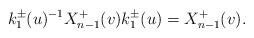
LaTeX: \begin{align*}k_{1}^{\pm}(u)^{-1}X_{n-1}^{+}(v)k_{1}^{\pm}(u)=X_{n-1}^{+}(v).\end{align*}